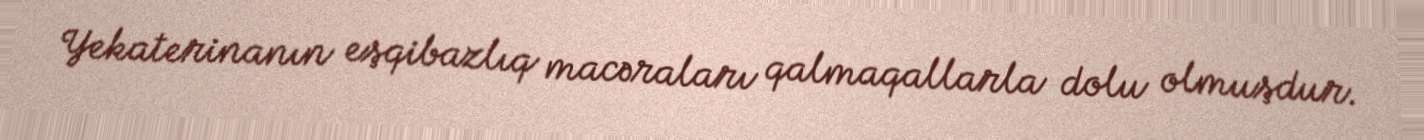
Yekaterinanın eşqibazlıq macəraları qalmaqallarla dolu olmuşdur.